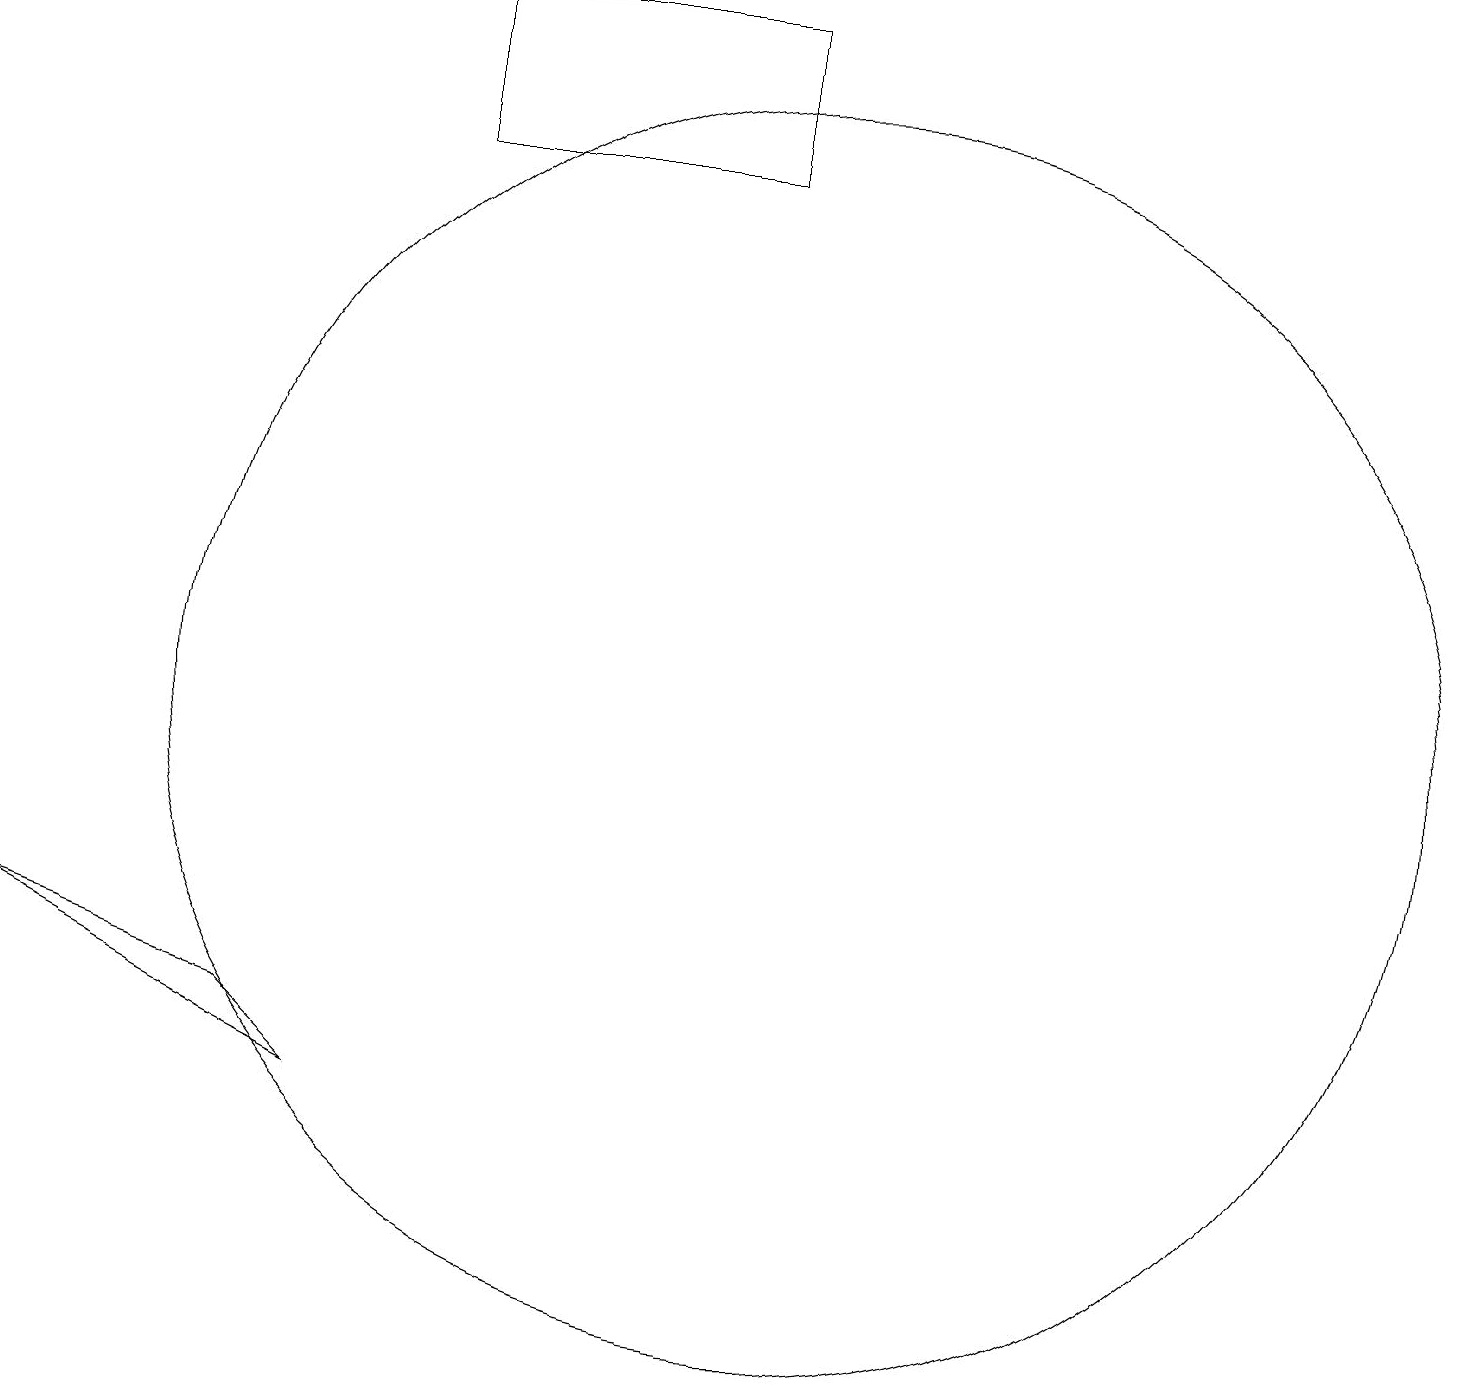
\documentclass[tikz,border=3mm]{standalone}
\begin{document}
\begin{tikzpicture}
\draw (10,10) circle (8);
\draw (3,6) -- (0,7) -- (4,5) -- cycle;
\draw (9,17) rectangle (5,19);
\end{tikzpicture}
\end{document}